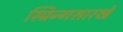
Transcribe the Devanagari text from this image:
स्प्रिन्गसारखे